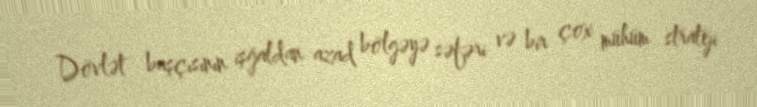
Dövlət başçısının işğaldan azad bölgəyə səfəri və bir çox mühüm strateji